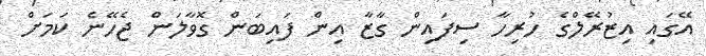
އޭގައި އިޒުރޭލްގެ ހުރިހާ ސިފައިން ގާޒާ އިން ފައިބަން ގޮވާލަން ޖެހޭނެ ކަމަށް